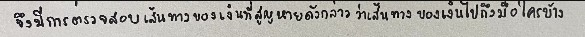
จึงมีการตรวจสอบเส้นทางของเงินที่สูญหายดังกล่าวว่าเส้นทางของเงินไปถึงมือใครบ้าง